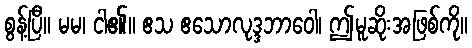
စွန့်ပြီ။ မမ၊ ငါ၏။ ဧသ ဧသောလုဒ္ဒဘာဝေါ၊ ဤမူဆိုးအဖြစ်ကို။